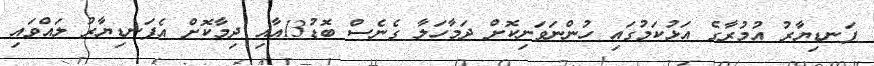
ފަނޑިޔާރު އުމުރާގެ އަޅުކަމުގައި ހުންނަވަނިކޮށް ދަމާހަލާ ގެނެސް ބޮޑު13އާއި ދިމާކޮށް އެފަނޑިޔާރު ލައްވައި